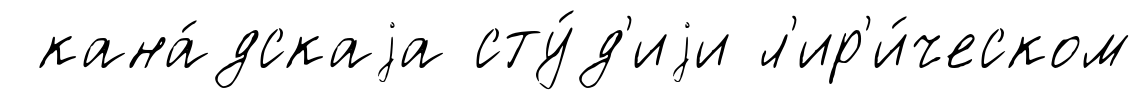
кана́дскаjа сту́д'иjи л'ир'и́ческом